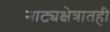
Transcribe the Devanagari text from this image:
नाट्यक्षेत्रातही